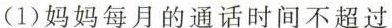
(1)妈妈每月的通话时间不超过